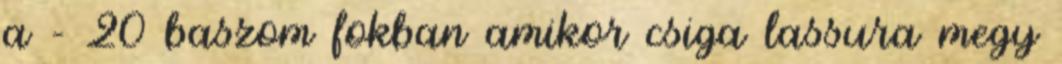
a - 20 baszom fokban amikor csiga lassura megy